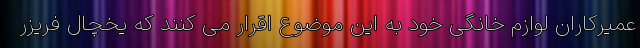
عمیرکاران لوازم خانگی خود به این موضوع اقرار می کنند که یخچال فریزر